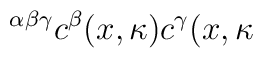
^{\alpha \beta \gamma }c^{\beta }(x,\kappa )c^{\gamma }(x,\kappa